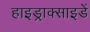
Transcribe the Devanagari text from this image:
हाइड्राक्साइडें